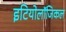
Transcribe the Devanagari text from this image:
इटियोलॉजिकल